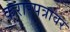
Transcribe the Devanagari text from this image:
करारपत्रावर